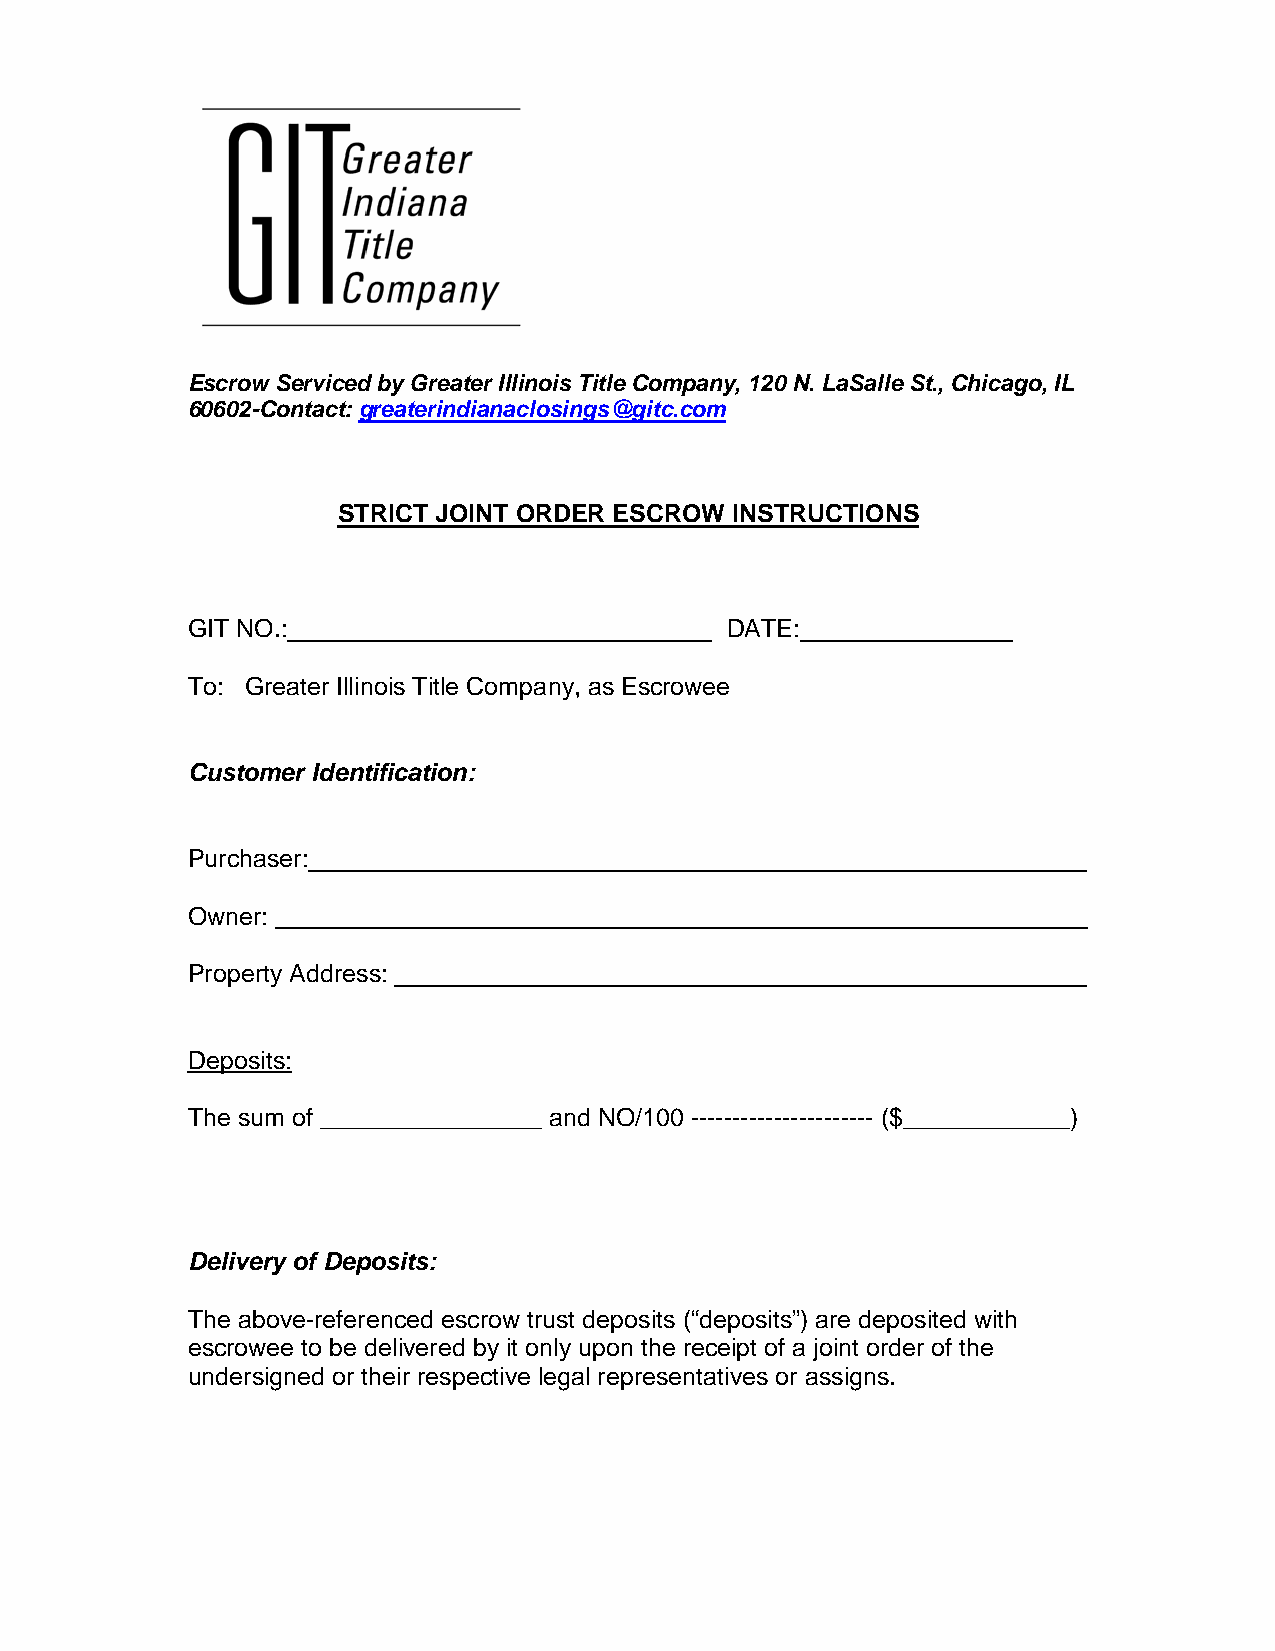
Escrow Serviced by Greater Illinois Title Company, 120 N. LaSalle St., Chicago, IL
 60602-Contact: greaterindianaclosings@gitc.com
 STRICT JOINT ORDER ESCROW INSTRUCTIONS
 GIT NO.:                            DATE:
 To: Greater Illinois Title Company, as Escrowee
 Customer Identification:
 Purchaser:
 Owner:
 Property Address:
 Deposits:
 The sum of ________________ and NO/100 ---------------------- ($____________)
 Delivery of Deposits:
 The above-referenced escrow trust deposits (“deposits”) are deposited with
 escrowee to be delivered by it only upon the receipt of a joint order of the
 undersigned or their respective legal representatives or assigns.